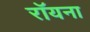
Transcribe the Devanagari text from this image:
रॉयना